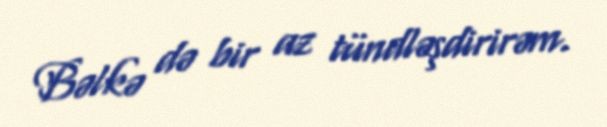
Bəlkə də bir az tündləşdirirəm.